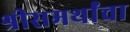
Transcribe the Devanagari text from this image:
श्रीसमर्थांचा